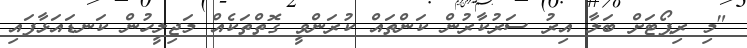
"މި ރިޕޯޓަށް ބަލާ އިރު ސަރުކާރުން ކަންތައް ކުރަންވީ ގޮތްތަކެއް މަޖިލީހުން ކަނޑައަޅާފައި